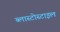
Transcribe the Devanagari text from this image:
ब्लास्टोस्टाइल